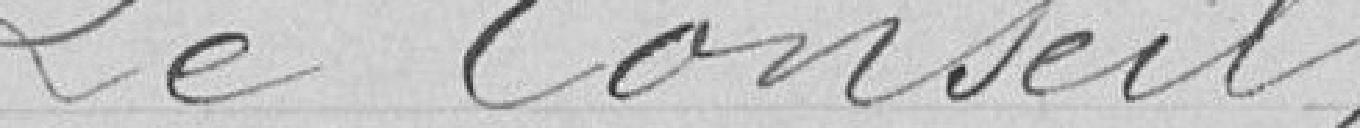
Le Conseil,